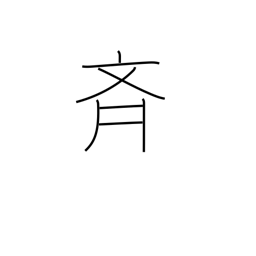
Meaning: alike